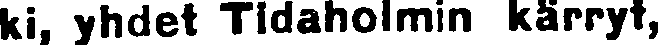
ki, yhdet Tidaholmin kärryt,